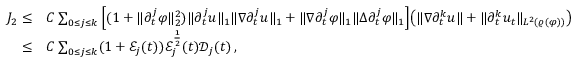
\begin{array} { r l } { J _ { 2 } \leq } & { C \sum _ { 0 \leq j \leq k } \Big [ ( 1 + \| \partial _ { t } ^ { j } \varphi \| _ { 2 } ^ { 2 } ) \| \partial _ { t } ^ { j } u \| _ { 1 } \| \nabla \partial _ { t } ^ { j } u \| _ { 1 } + \| \nabla \partial _ { t } ^ { j } \varphi \| _ { 1 } \| \Delta \partial _ { t } ^ { j } \varphi \| _ { 1 } \Big ] \big ( \| \nabla \partial _ { t } ^ { k } u \| + \| \partial _ { t } ^ { k } u _ { t } \| _ { L ^ { 2 } ( \varrho ( \varphi ) ) } \big ) } \\ { \leq } & { C \sum _ { 0 \leq j \leq k } ( 1 + \mathcal { E } _ { j } ( t ) ) \mathcal { E } _ { j } ^ { \frac { 1 } { 2 } } ( t ) \mathcal { D } _ { j } ( t ) \, , } \end{array}